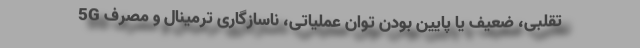
5G تقلبی، ضعیف یا پایین بودن توان عملیاتی، ناسازگاری ترمینال و مصرف